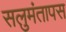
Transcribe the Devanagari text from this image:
सलुमंतापस